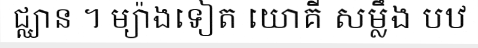
ជ្ឈាន ។ ម្យ៉ាងទៀត យោគី សម្លឹង បឋ